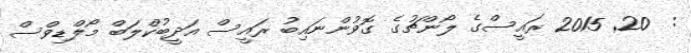
:  20